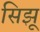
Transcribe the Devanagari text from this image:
सिझू